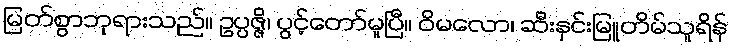
မြတ်စွာဘုရားသည်။ ဥပ္ပဇ္ဇိ၊ ပွင့်တော်မူပြီ။ ဝိမလော၊ ဆီးနှင်းမြူတိမ်သူရိန်